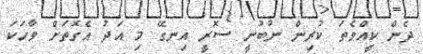
ދެން ކީއްވެތަ ކުރިން ނުބުނީ ސޮރީ އިނގޭ މި އަދު އެގޮތަށް ވާހަކަ